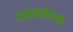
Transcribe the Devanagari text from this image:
उठवलेल्य